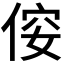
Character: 𠊢